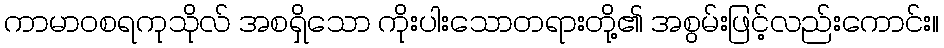
ကာမာဝစရကုသိုလ် အစရှိသော ကိုးပါးသောတရားတို့၏ အစွမ်းဖြင့်လည်းကောင်း။